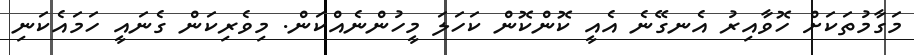
މަގާމުތަކަށް ހޮވާއިރު އެނގޭނެ އެއީ ކޮންކޮން ކަހަލަ މީހުންނެއްކަން. މިވެރިކަން ގެނައީ ހަމައެކަނި